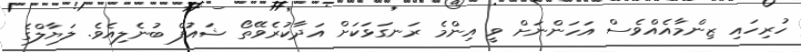
ހުރިހައި ޒިންމާއެއްވެސް އަހަންނަށް ވީ އިންމެ ރަނގަޅަކަށް އަދާކުރެވޭތޯ ޝައުފް ބުނެލިއެވެ. ލަޔާލްގެ